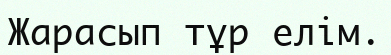
Жарасып тұр елім.